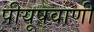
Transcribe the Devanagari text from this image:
पीयूषवाणी